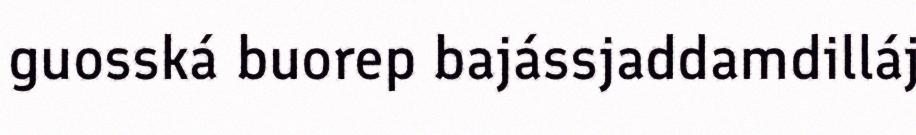
guosská buorep bajássjaddamdilláj